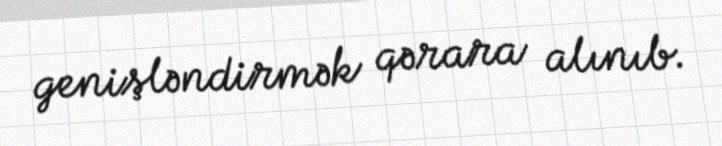
genişləndirmək qərara alınıb.